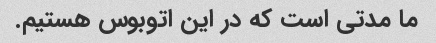
ما مدتی است که در این اتوبوس هستیم.